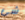
شئ